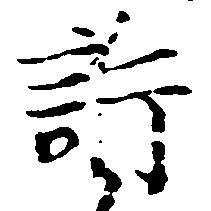
訴